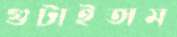
গুটাইতাম